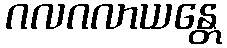
ဂလဂလာယန္တေ